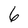
Character: 6